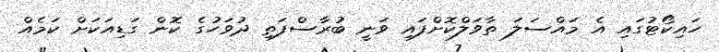
ހައިކޯޓުގައި އެ މައްސަލަ ތާވަލްކޮށްފައި ވަނީ ބުރާސްފަތި ދުވަހުގެ ކޮން ގަޑިއަކަށް ކަމެއް